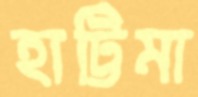
হাট্টিমা